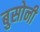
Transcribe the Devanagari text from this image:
बुसोनी